Vaccine operations Central Provinces 1886-1899 - 1886-1899
Year: 1886
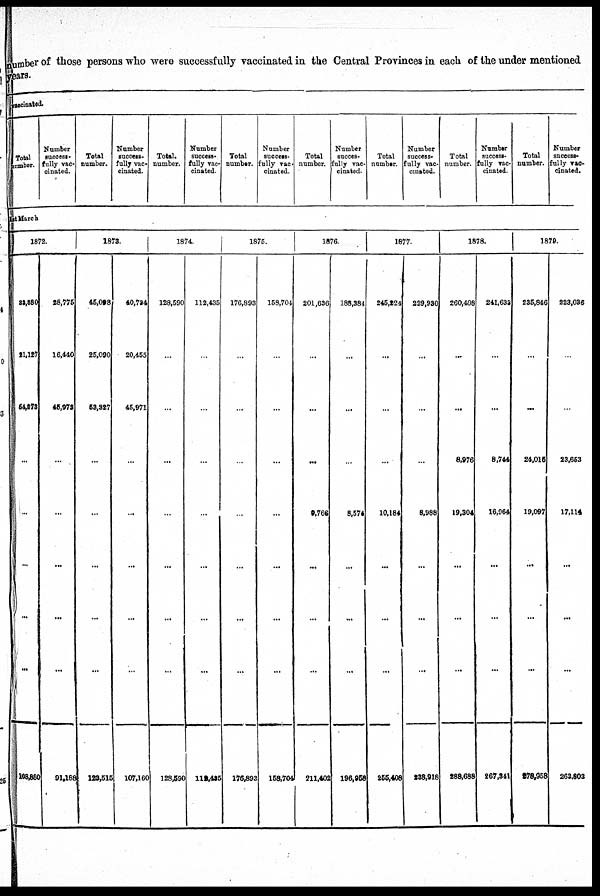
number of those persons who were successfully vaccinated in the Central Provinces in each of the under mentioned
years.
vaccinated.
Total
number.
Number
success-
fully vac-
cinated.
Total
number.
Number
success-
fully vac-
cinated.
Total.
number.
Number
success-
fully vac-
cinated.
Total
number.
Number
success-
fully vac-
cinated.
Total
number.
Number
succes-
fully vac-
cinated.
Total
number.
Number
success-
fully vac-
cinated.
Total
number.
Number
success-
fully vac-
cinated.
Total
number.
Number
success-
fully vac-
cinated.
1st March
1872.
33,380
21,127
54,373
...
...
...
...
...
108,880
28,775
16,440
45,973
...
...
...
...
...
91,188
1873.
45,098
25,090
53,327
...
...
...
...
...
123,515
40,734
20,455
45,971
...
...
...
...
...
107,160
1874.
128,590
...
...
...
...
...
...
...
128,590
112,435
...
...
...
...
...
...
...
112,435
1875.
176,893
...
...
...
...
...
...
...
176,893
158,704
...
...
...
...
...
...
...
158,704
1876.
201,636
...
...
...
9,766
...
...
...
211,402
188,384
...
...
...
8,574
...
...
...
196,958
1877.
245,224
...
...
...
10,184
...
...
...
255,408
229,930
...
...
...
8,988
...
...
...
238,918
1878.
260,408
...
...
8,976
19,304
...
...
...
288,688
241,633
...
...
8,744
16,964
...
...
...
267,341
1879.
235,846
...
...
24,015
19,097
...
...
...
278,958
223,036
...
...
23,653
17,114
...
...
...
263,803